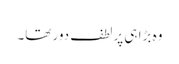
وہ بڑا ہی پرلطف دور تھا۔